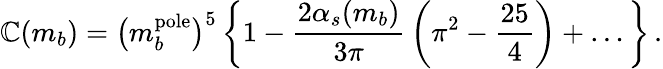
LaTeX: \mathbb{C}(m_{b})=\big(m_{b}^{\mathrm{{pole}}}\big)^{5}\, \bigg\{ 1-{\frac{{2\alpha_{s}(m_{b})}}{{3\pi}}}\, \bigg(\pi^{2}-{\frac{{25}}{{4}}}\bigg)+\ldots\bigg\} \, .